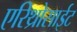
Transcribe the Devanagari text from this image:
एरिथ्रोसाईट